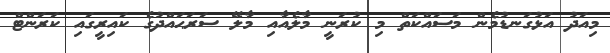
މިއަދު އަޅުގަނޑުމެން މަސައްކަތް މި ކުރަނީ މާލެއާއި މާލޭ ސަރަޙައްދުގެ ކައިރީގައި ކަރަންޓް